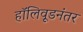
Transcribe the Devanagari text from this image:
हॉलिवूडनंतर